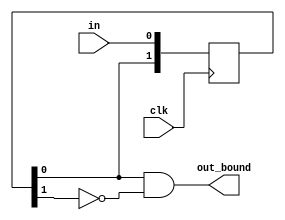
`timescale 1ns / 1ps

module GenBound(
    input clk,
    input in,
    output out_bound
);

reg [1:0] record = 2'b00;

always @(posedge clk)
    record <= {record[0], in};
assign out_bound = record[0] & ~record[1];

endmodule